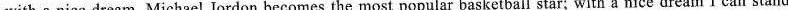
with a nice dream, Michael Jordon becomes the most popular basketball star; with a nice dream I can stand on